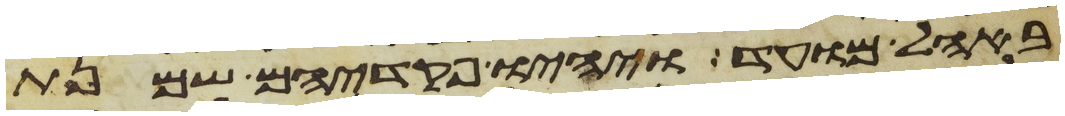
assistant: באהל מועד ויהיו פקדיהם שמנת